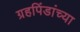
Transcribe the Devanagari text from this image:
ग्रहपिंडांच्या